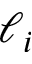
\ell _ { i }